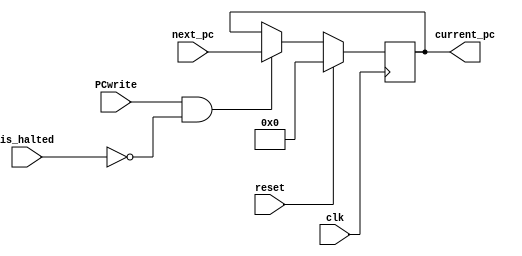
module PC(
    input reset,       // input (Use reset to initialize PC. Initial value must be 0)
    input clk,         // input
    input PCwrite,
    input [1:0] is_halted,
    input [31:0] next_pc,     // input
    output reg [31:0] current_pc   // output
  );


always @(posedge clk)begin
    if(reset)begin
        current_pc<=0;
    end
    else if (PCwrite && !is_halted) begin
        current_pc<=next_pc;
    end
end


endmodule